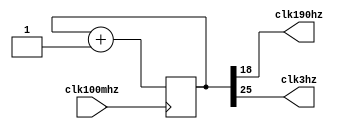
`timescale 1ns / 1ps

module clkDiv(input clk100mhz, output clk190hz, output clk3hz);
    reg [25:0] cnt = 0;
    assign clk190hz = cnt[18];
    assign clk3hz = cnt[25];
    always @(posedge clk100mhz)
        cnt = cnt + 1;
endmodule